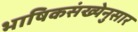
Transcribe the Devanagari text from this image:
भाषिकसंख्येनुसार